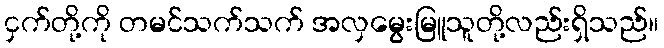
ငှက်တို့ကို တမင်သက်သက် အလှမွေးမြူသူတို့လည်းရှိသည်။